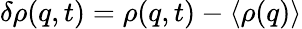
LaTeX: \delta\rho(q,t)=\rho(q,t)-\langle\rho(q)\rangle